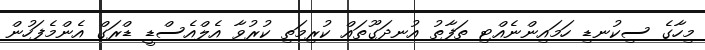
މިހާގެ ސިކުނޑި ހަމައިންނެއްޓި ތަފާތު އުނދަގޫތައް ކުރިމަތި ކުރުވާ އެލްއެސްޑީ ޑްރަގް އެންމެފަހުން